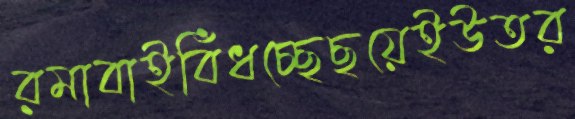
রমাবাইবিঁধচ্ছেছয়েইউতর